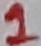
Text: 1